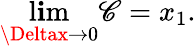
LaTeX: \operatorname*{l\mathbf{i}m}_{\Deltax\to0}\mathscr{C}=x_{1}.